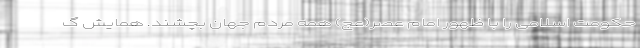
حکومت اسلامی را با ظهور امام عصر(عج) همه مردم جهان بچشند. همایش گ